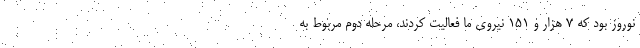
نوروز بود که ۷ هزار و ۱۵۱ نیروی ما فعالیت کردند، مرحله دوم مربوط به